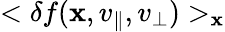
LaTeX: <\delta f({\mathbf x},v_{\parallel},v_{\perp})>_{\mathbf x}